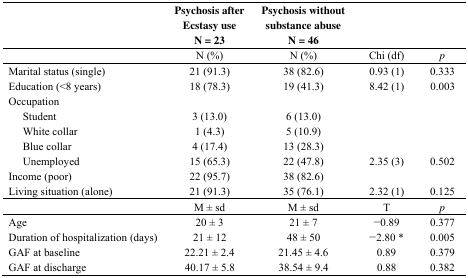
<table><thead><tr><td></td><td><b>Psychosis after Ecstasy use N = 23</b></td><td><b>Psychosis without substance abuse N = 46</b></td><td></td><td></td></tr></thead><tbody><tr><td></td><td>N (%)</td><td>N (%)</td><td>Chi (df)</td><td><i>p</i></td></tr><tr><td>Marital status (single)</td><td>21 (91.3)</td><td>38 (82.6)</td><td>0.93 (1)</td><td>0.333</td></tr><tr><td>Education (&lt;8 years)</td><td>18 (78.3)</td><td>19 (41.3)</td><td>8.42 (1)</td><td>0.003</td></tr><tr><td>Occupation</td><td></td><td></td><td></td><td></td></tr><tr><td>Student</td><td>3 (13.0)</td><td>6 (13.0)</td><td></td><td></td></tr><tr><td>White collar</td><td>1 (4.3)</td><td>5 (10.9)</td><td></td><td></td></tr><tr><td>Blue collar</td><td>4 (17.4)</td><td>13 (28.3)</td><td></td><td></td></tr><tr><td>Unemployed</td><td>15 (65.3)</td><td>22 (47.8)</td><td>2.35 (3)</td><td>0.502</td></tr><tr><td>Income (poor)</td><td>22 (95.7)</td><td>38 (82.6)</td><td></td><td></td></tr><tr><td>Living situation (alone)</td><td>21 (91.3)</td><td>35 (76.1)</td><td>2.32 (1)</td><td>0.125</td></tr><tr><td></td><td>M ± sd</td><td>M ± sd</td><td>T</td><td><i>p</i></td></tr><tr><td>Age</td><td>20 ± 3</td><td>21 ± 7</td><td>−0.89</td><td>0.377</td></tr><tr><td>Duration of hospitalization (days)</td><td>21 ± 12</td><td>48 ± 50</td><td>−2.80 *</td><td>0.005</td></tr><tr><td>GAF at baseline</td><td>22.21 ± 2.4</td><td>21.45 ± 4.6</td><td>0.89</td><td>0.379</td></tr><tr><td>GAF at discharge</td><td>40.17 ± 5.8</td><td>38.54 ± 9.4</td><td>0.88</td><td>0.382</td></tr></tbody></table>